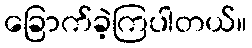
ခြောက်ခဲ့ကြပါတယ်။